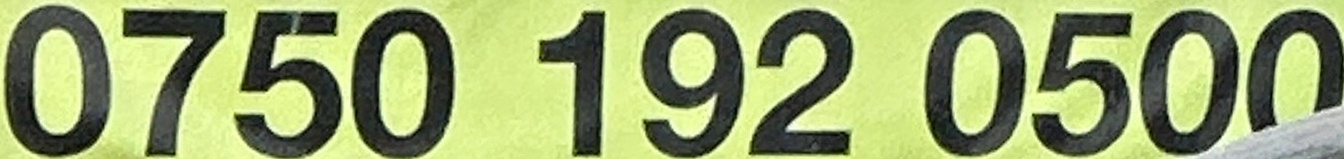
192 0500